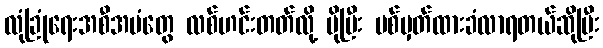
လုံခြုံရေးအစီအမံတွေ လစ်ဟင်းတတ်လို့ ပိုပြီး ပစ်မှတ်ထားခံလာရတယ်ဆိုပြီး